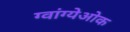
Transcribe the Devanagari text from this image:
ग्वांग्येओक